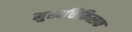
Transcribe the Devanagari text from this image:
मुखचिकित्सक